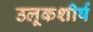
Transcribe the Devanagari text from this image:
उलूकशीर्ष